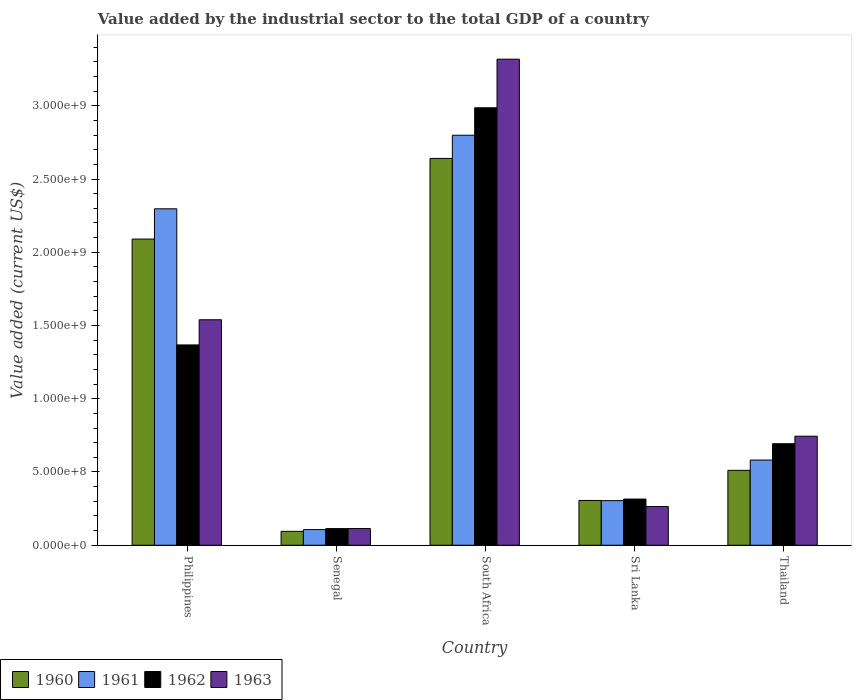
| Country | 1960 | 1961 | 1962 | 1963 |
 | --- | --- | --- | --- | --- |
 | Philippines | 2.09e+09 | 2.3e+09 | 1.37e+09 | 1.54e+09 |
 | Senegal | 9.49e+07 | 1.07e+08 | 1.13e+08 | 1.14e+08 |
 | South Africa | 2.64e+09 | 2.8e+09 | 2.99e+09 | 3.32e+09 |
 | Sri Lanka | 3.06e+08 | 3.04e+08 | 3.15e+08 | 2.64e+08 |
 | Thailand | 5.11e+08 | 5.81e+08 | 6.93e+08 | 7.44e+08 |